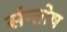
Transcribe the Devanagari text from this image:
संन्‍तोष